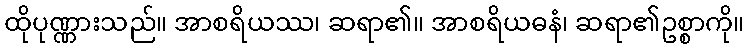
ထိုပုဏ္ဏားသည်။ အာစရိယဿ၊ ဆရာ၏။ အာစရိယဓနံ၊ ဆရာ၏ဥစ္စာကို။